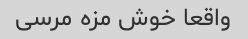
واقعا خوش مزه مرسی